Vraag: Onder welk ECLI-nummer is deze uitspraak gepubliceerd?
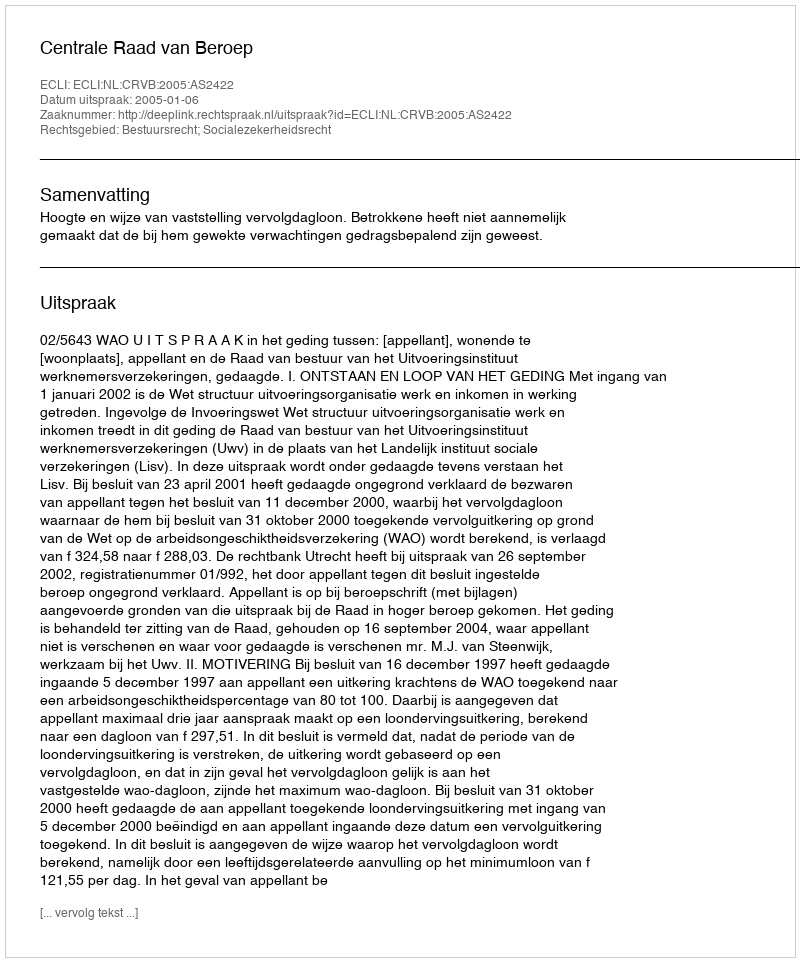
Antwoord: ECLI:NL:CRVB:2005:AS2422